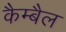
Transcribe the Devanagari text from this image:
कैम्बैल